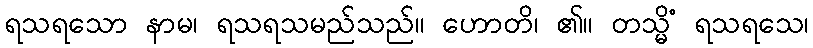
ရသရသော နာမ၊ ရသရသမည်သည်။ ဟောတိ၊ ၏။ တသ္မိံ ရသရသေ၊